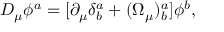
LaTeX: D _ { \mu } \phi ^ { a } = [ \partial _ { \mu } \delta _ { b } ^ { a } + ( \Omega _ { \mu } ) _ { b } ^ { a } ] \phi ^ { b } ,